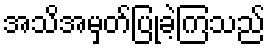
အသိအမှတ်ပြုခဲ့ကြသည်